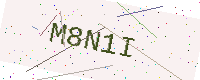
Text: M8N1I